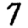
Digit: 7